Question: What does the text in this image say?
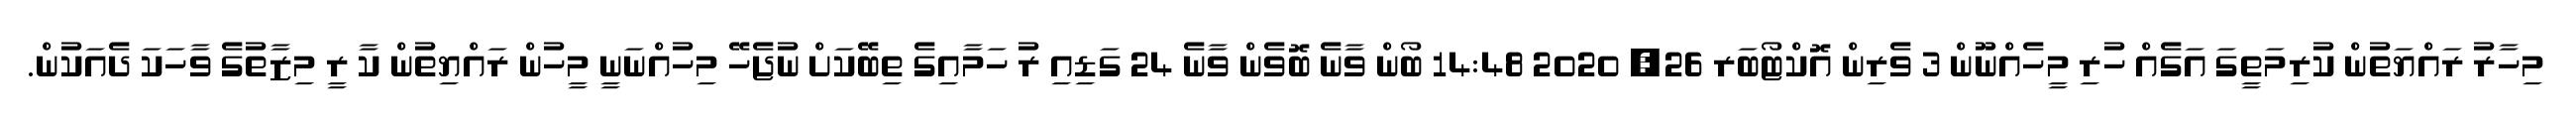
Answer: މިހާރު ރައްޔަތުން ކުރިމަތީގަ އަގެއް ހުރި މީހެއްނޫން 3 ވެރިން އޮކްޓޯބަރ 26, 2020 14:48 ބޯން ވާނެ ބޮވެން ވާނެ 24 ގަޑިއި ރު ހަމާއިގެ ތިބޭކަށް ނުޖެހޭ މިހުއްނަނީ މީހުން ރައްޔިތުން ކާ ރީ މިޒާތުގެ ވާހަކަ ދެއަކުން.